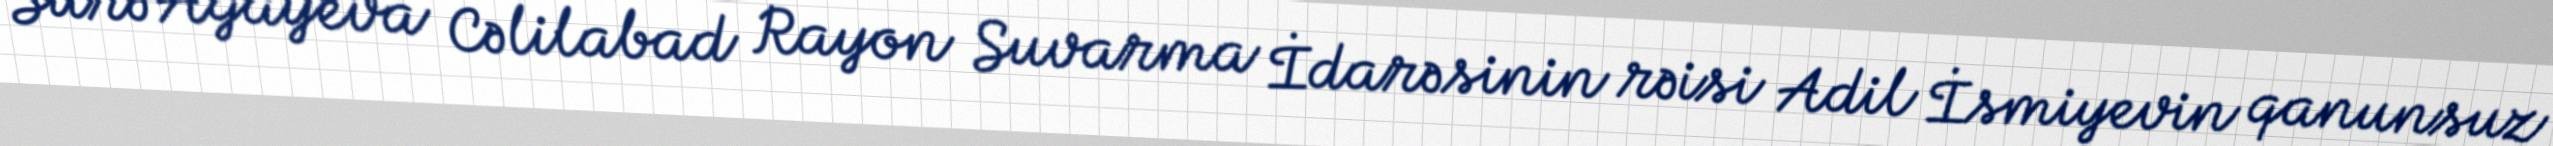
Surə Ağayeva Cəlilabad Rayon Suvarma İdarəsinin rəisi Adil İsmiyevin qanunsuz